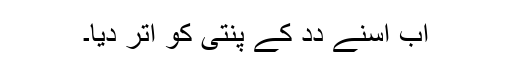
اَب اُسنے دِدِ کے پنتی کو اُتر دِیا۔